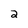
Character: 2